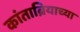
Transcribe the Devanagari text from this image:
कांताब्रियाच्या